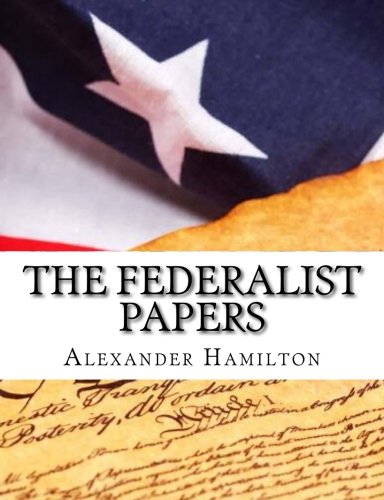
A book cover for The Federalist Papers; Alexander Hamilton; Law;